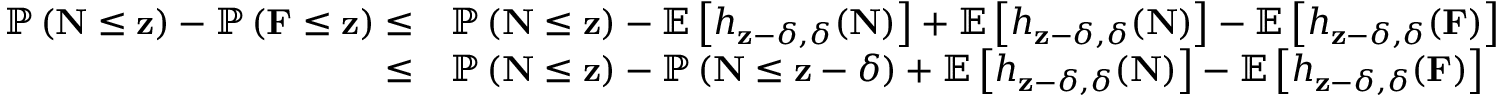
\begin{array} { r l } { \mathbb { P } \left( \mathbf { N } \leq \mathbf { z } \right) - \mathbb { P } \left( \mathbf { F } \leq \mathbf { z } \right) \leq } & { \mathbb { P } \left( \mathbf { N } \leq \mathbf { z } \right) - \mathbb { E } \left[ h _ { \mathbf { z } - \delta , \delta } ( \mathbf { N } ) \right] + \mathbb { E } \left[ h _ { \mathbf { z } - \delta , \delta } ( \mathbf { N } ) \right] - \mathbb { E } \left[ h _ { \mathbf { z } - \delta , \delta } ( \mathbf { F } ) \right] } \\ { \leq } & { \mathbb { P } \left( \mathbf { N } \leq \mathbf { z } \right) - \mathbb { P } \left( \mathbf { N } \leq \mathbf { z } - \delta \right) + \mathbb { E } \left[ h _ { \mathbf { z } - \delta , \delta } ( \mathbf { N } ) \right] - \mathbb { E } \left[ h _ { \mathbf { z } - \delta , \delta } ( \mathbf { F } ) \right] } \end{array}